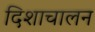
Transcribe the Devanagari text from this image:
दिशाचालन